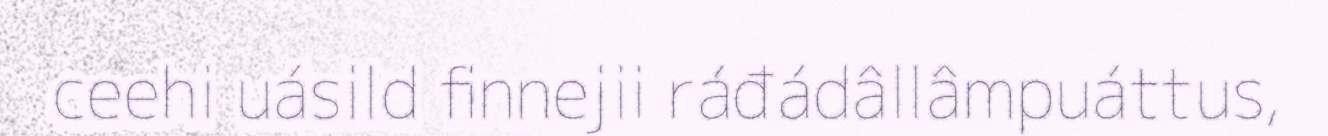
ceehi uásild finnejii ráđádâllâmpuáttus,